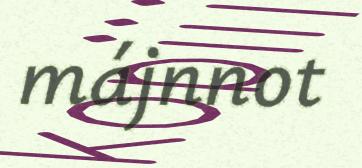
májnnot